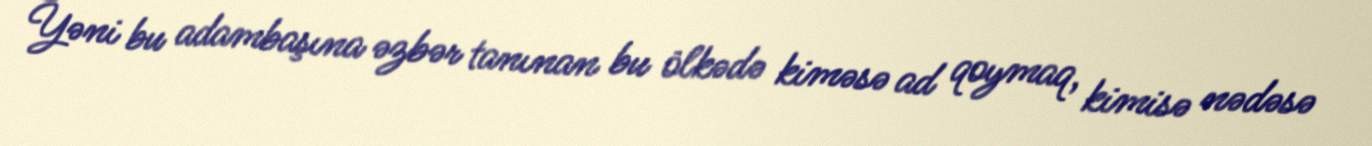
Yəni bu adambaşına əzbər tanınan bu ölkədə kiməsə ad qoymaq, kimisə nədəsə